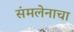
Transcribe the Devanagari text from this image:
संमलेनाचा